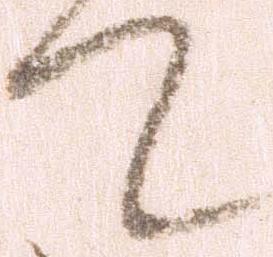
て